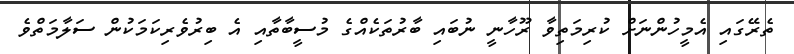
ތެރޭގައި އެމީހުންނަށް ކުރިމަތިވާ ރޫހާނީ ނުބައި ބާރުތަކެއްގެ މުސީބާތާއި އެ ބިރުވެރިކަމަކުން ސަލާމަތްވެ